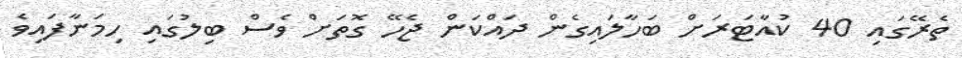
ތެރޭގައި 40 ކުއާޓަރަށް ބަހާލައިގެން ދައްކަން ޖެހޭ ގޮތަށް ވެސް ބިލުގައި ހިމަނާފައިވެ